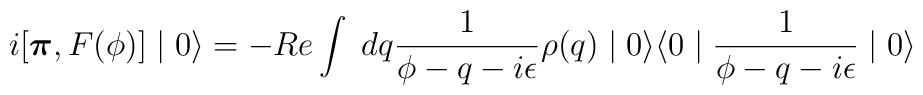
i [\textup{\boldmath $\pi$}, F(\phi)] \mid 0 \rangle = - Re \int \; dq  \frac{1}{\phi - q -i \epsilon} \rho(q) \mid 0 \rangle \langle 0 \mid \frac{1}{\phi - q -i \epsilon} \mid 0 \rangle